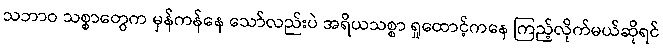
သဘာဝ သစ္စာတွေက မှန်ကန်နေ သော်လည်းပဲ အရိယသစ္စာ ရှုထောင့်ကနေ ကြည့်လိုက်မယ်ဆိုရင်